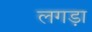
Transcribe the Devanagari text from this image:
लगड़ा